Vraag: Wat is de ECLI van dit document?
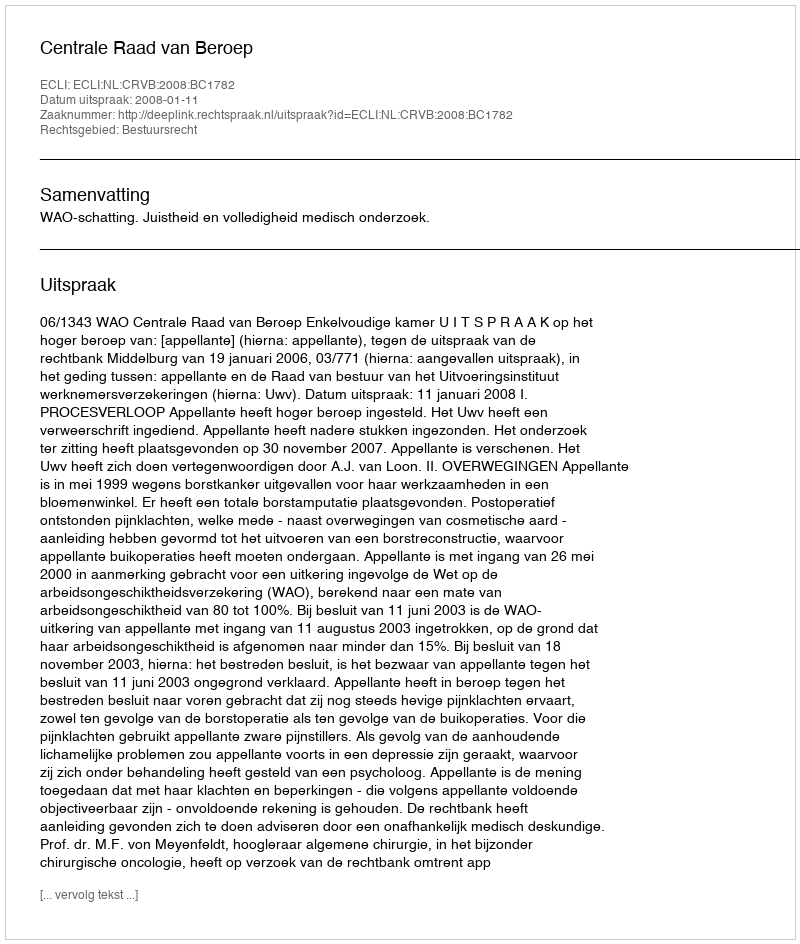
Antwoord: ECLI:NL:CRVB:2008:BC1782